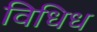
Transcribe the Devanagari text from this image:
विधिध